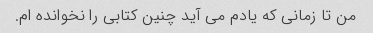
من تا زمانی که یادم می آید چنین کتابی را نخوانده ام.